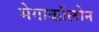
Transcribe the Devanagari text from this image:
मेगाकॉलोन